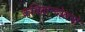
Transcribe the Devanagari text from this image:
कवितान्दोलनो